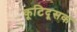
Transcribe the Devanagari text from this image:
कूटिदूसक